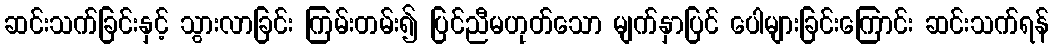
ဆင်းသက်ခြင်းနှင့် သွားလာခြင်း ကြမ်းတမ်း၍ ပြင်ညီမဟုတ်သော မျက်နှာပြင် ပေါများခြင်းကြောင်း ဆင်းသက်ရန်